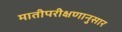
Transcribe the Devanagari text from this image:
मातीपरीक्षणानुसार